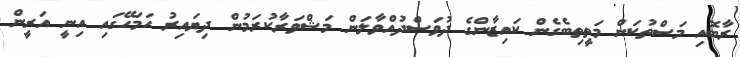
ރާބޮއި މަސްތުކަން މަތީތިބެގެން ކައިޒާންގެ ދުވަސްދުއްވާލަން މަޝްވަރާކުރަމުން ދިޔައިރު ހަމަހޭގައި އިނީ އަރީން